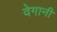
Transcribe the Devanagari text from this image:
वेगानी